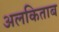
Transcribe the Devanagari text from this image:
अलकिताब